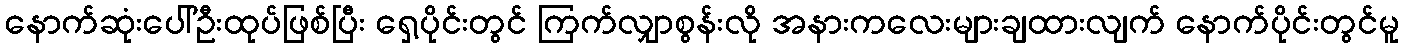
နောက်ဆုံးပေါ်ဦးထုပ်ဖြစ်ပြီး ရှေ့ပိုင်းတွင် ကြက်လျှာစွန်းလို အနားကလေးများချထားလျက် နောက်ပိုင်းတွင်မူ